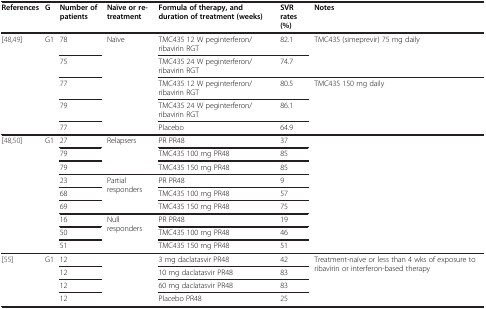
<table><thead><tr><td><b>References</b></td><td><b>G</b></td><td><b>Number of patients</b></td><td><b>Naïve or re-treatment</b></td><td><b>Formula of therapy, and duration of treatment (weeks)</b></td><td><b>SVR rates (%)</b></td><td><b>Notes</b></td></tr></thead><tbody><tr><td rowspan="5">[48,49]</td><td rowspan="5">G1</td><td>78</td><td rowspan="5">Naïve</td><td>TMC435 12 W peginterferon/ribavirin RGT</td><td>82.1</td><td rowspan="2">TMC435 (simeprevir) 75 mg daily</td></tr><tr><td>75</td><td>TMC435 24 W peginterferon/ribavirin RGT</td><td>74.7</td></tr><tr><td>77</td><td>TMC435 12 W peginterferon/ribavirin RGT</td><td>80.5</td><td rowspan="2">TMC435 150 mg daily</td></tr><tr><td>79</td><td>TMC435 24 W peginterferon/ribavirin RGT</td><td>86.1</td></tr><tr><td>77</td><td>Placebo</td><td>64.9</td><td> </td></tr><tr><td rowspan="9">[48,50]</td><td rowspan="9">G1</td><td>27</td><td rowspan="3">Relapsers</td><td>PR PR48</td><td>37</td><td rowspan="9"> </td></tr><tr><td>79</td><td>TMC435 100 mg PR48</td><td>85</td></tr><tr><td>79</td><td>TMC435 150 mg PR48</td><td>85</td></tr><tr><td>23</td><td rowspan="3">Partial responders</td><td>PR PR48</td><td>9</td></tr><tr><td>68</td><td>TMC435 100 mg PR48</td><td>57</td></tr><tr><td>69</td><td>TMC435 150 mg PR48</td><td>75</td></tr><tr><td>16</td><td rowspan="3">Null responders</td><td>PR PR48</td><td>19</td></tr><tr><td>50</td><td>TMC435 100 mg PR48</td><td>46</td></tr><tr><td>51</td><td>TMC435 150 mg PR48</td><td>51</td></tr><tr><td rowspan="3">[55]</td><td rowspan="3">G1</td><td>12</td><td rowspan="3"> </td><td>3 mg daclatasvir PR48</td><td>42</td><td rowspan="3">Treatment-naïve or less than 4 wks of exposure to ribavirin or interferon-based therapy</td></tr><tr><td>12</td><td>10 mg daclatasvir PR48</td><td>83</td></tr><tr><td>12</td><td>60 mg daclatasvir PR48</td><td>83</td></tr><tr><td> </td><td> </td><td>12</td><td> </td><td>Placebo PR48</td><td>25</td><td> </td></tr></tbody></table>